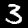
Label: 3